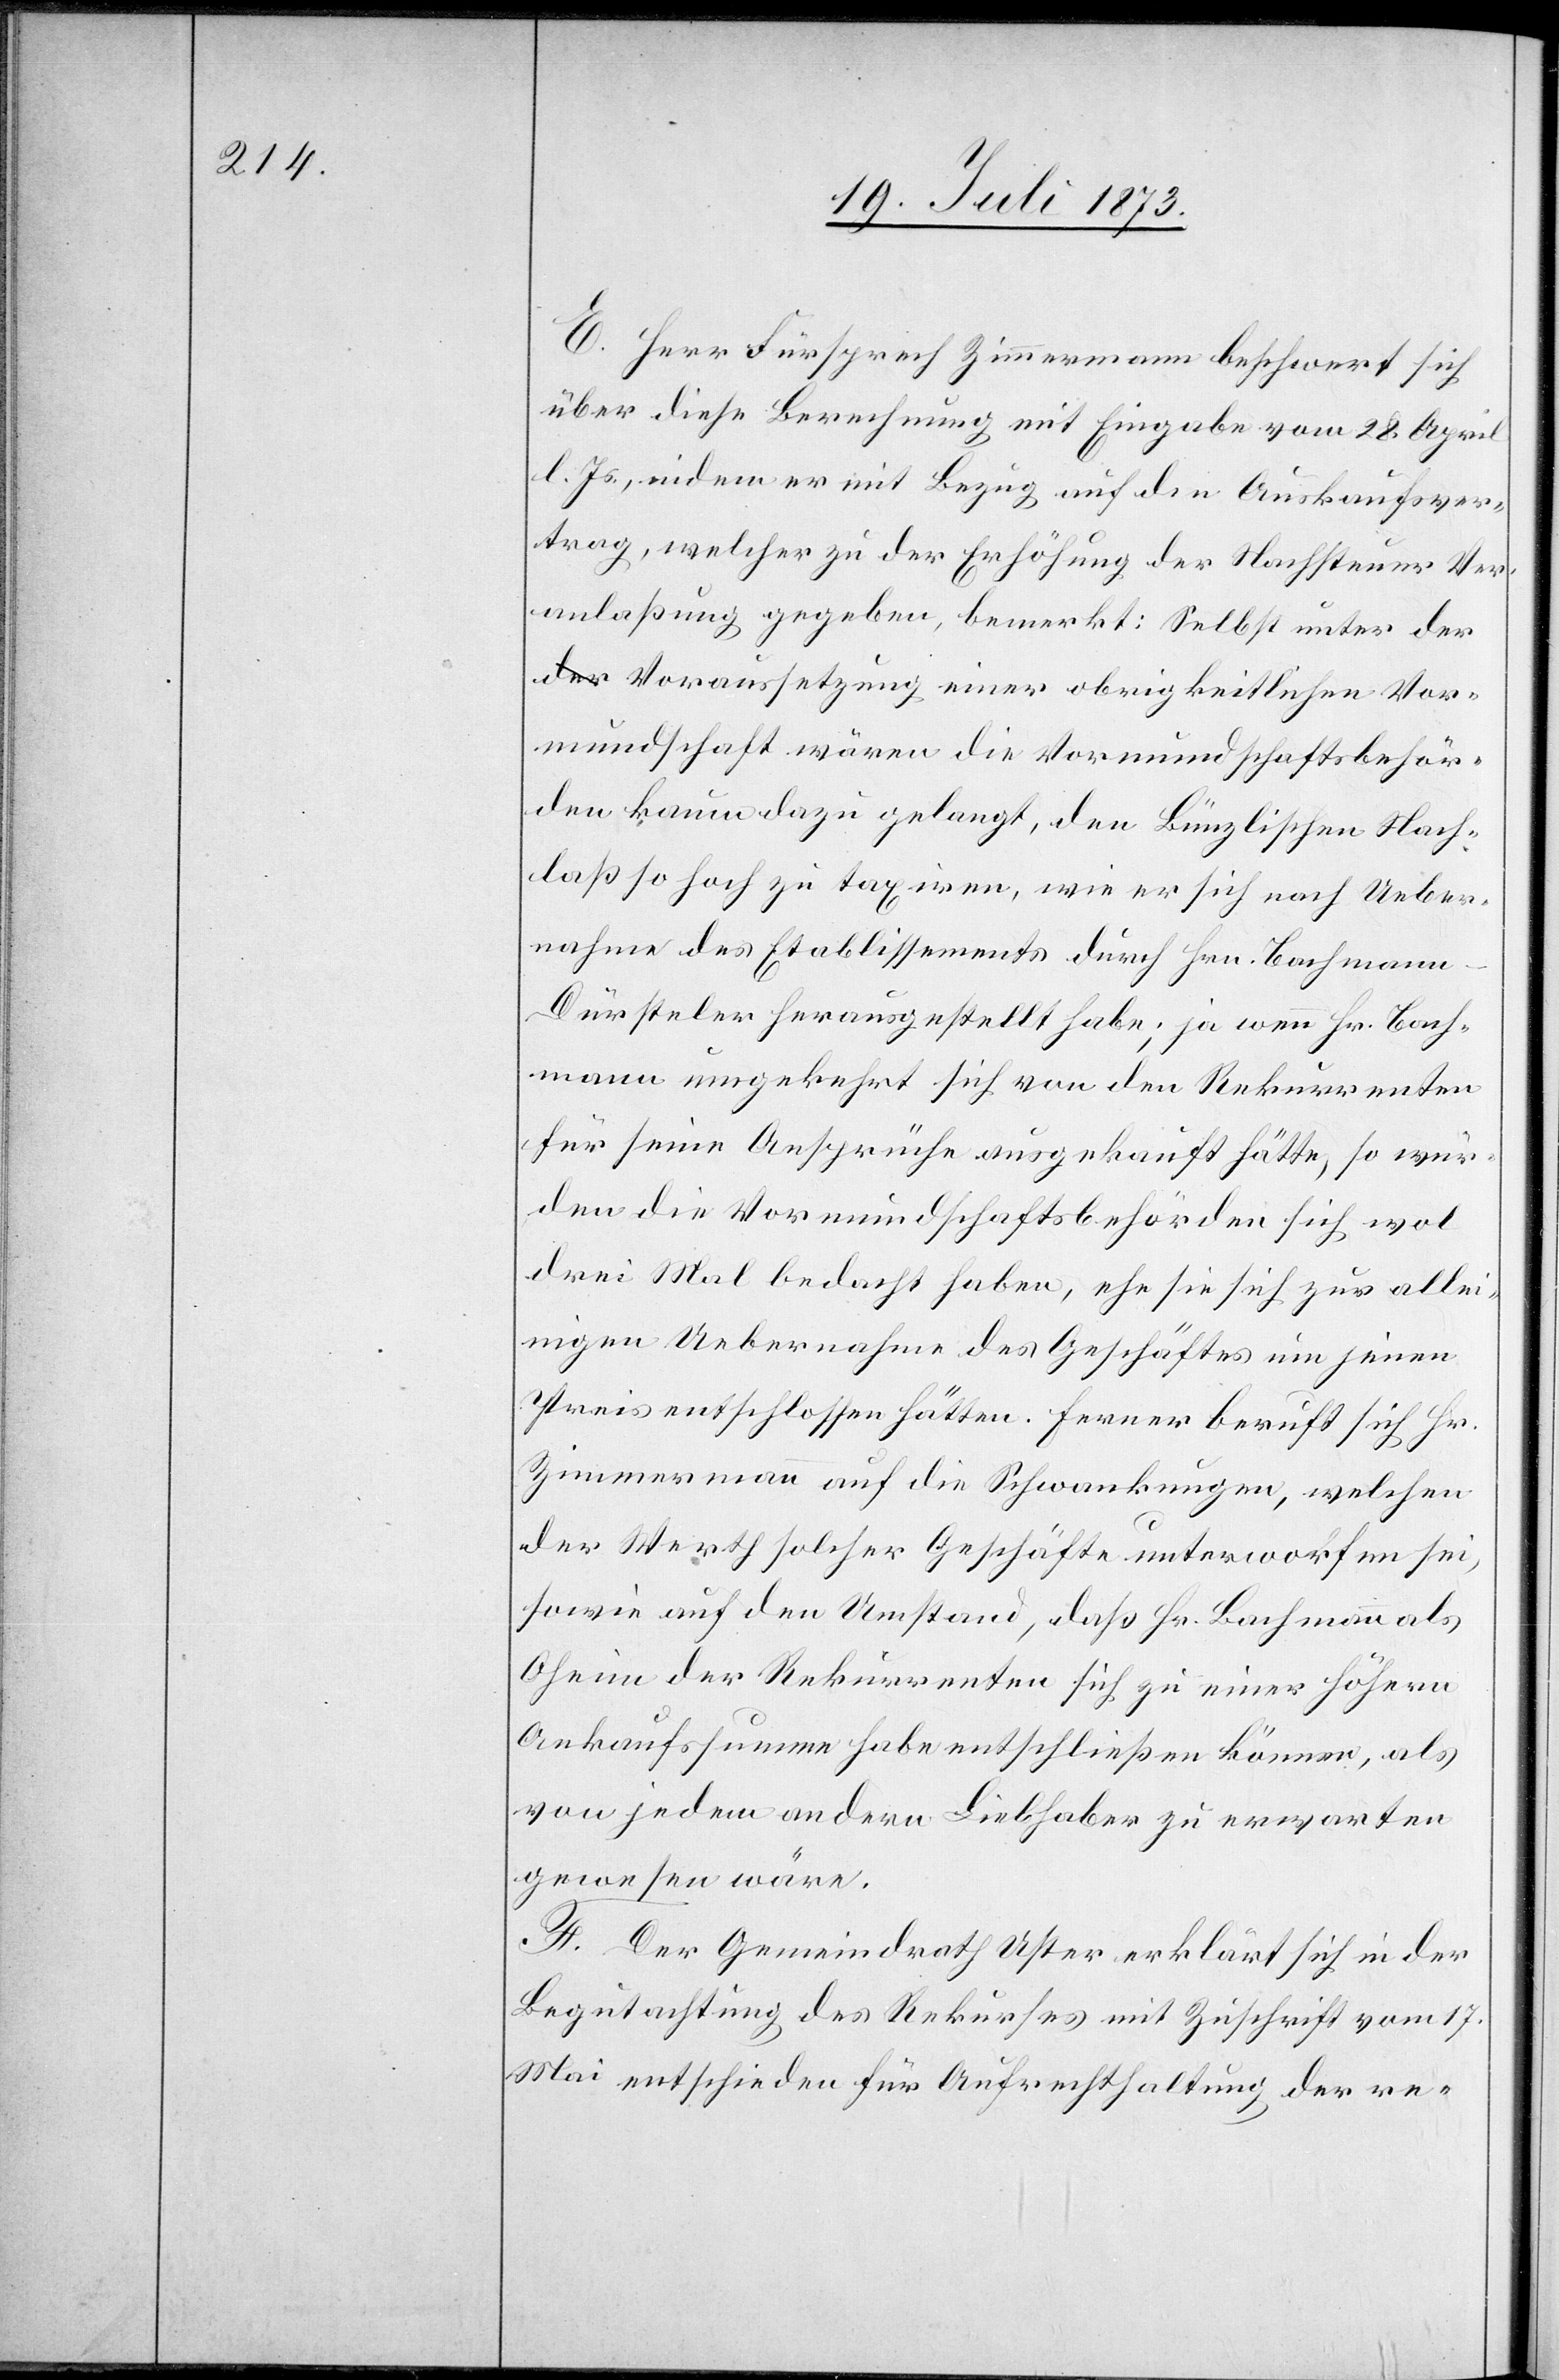
E. Herr Fürsprech Zimmermann beschwert sich
über diese Berechnung mit Eingabe vom 28. April
l. Js., indem er mit Bezug auf den Auskaufsver¬
trag, welcher zu der Erhöhung der Nachsteuer Ver¬
anlaßung gegeben, bemerkt: Selbst unter de¬
r Voraussetzung einer obrigkeitlichen Vor¬
mundschaft wären die Vormundschaftsbehör¬
den kaum dazu gelangt, den Bünzlischen Nach¬
laß so hoch zu taxiren, wie er sich nach Ueber¬
nahme des Etablissements durch Hrn. Bachmann-D¬
ürsteler herausgestellt habe; ja wenn Hr. Bach¬
mann umgekehrt sich von den Rekurrenten
für seine Ansprüche ausgekauft hätte, so wür¬
den die Vormundschaftsbehörden sich wol
drei Mal bedacht haben, ehe sie sich zur allei¬
nigen Uebernahme des Geschäftes um jenen
Preis entschlossen hätten. Ferner beruft sich Hr.
Zimmermann auf die Schwankungen, welchen
der Werth solcher Geschäfte unterworfen sei,
sowie auf den Umstand, daß Hr. Bachmann als
Oheim der Rekurrenten sich zu einer höhern
Ankaufssumme habe entschließen können, als
von jedem andern Liebhaber zu erwarten
gewesen wäre.
F. Der Gemeindrath Uster erklärt sich in der
Begutachtung des Rekurses mit Zuschrift vom 17.
Mai entschieden für Aufrechthaltung der re-